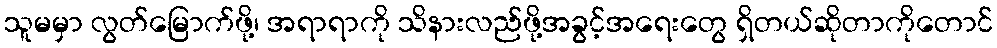
သူမမှာ လွတ်မြောက်ဖို့၊ အရာရာကို သိနားလည်ဖို့အခွင့်အရေးတွေ ရှိတယ်ဆိုတာကိုတောင်